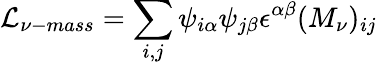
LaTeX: {\cal L}_{\nu-mass}=\sum_{i,j}\psi_{i\alpha}\psi_{j\beta}\epsilon^{\alpha\beta}(M_{\nu})_{ij}